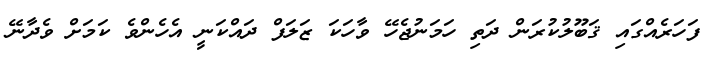
ފަހަރެއްގައި ޤަބޫލުކުރަން ދަތި ހަމަނުޖެހޭ ވާހަކަ ޒަލަފް ދައްކަނީ އެހެންވެ ކަމަށް ވެދާނޭ